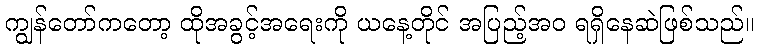
ကျွန်တော်ကတော့ ထိုအခွင့်အရေးကို ယနေ့တိုင် အပြည့်အဝ ရရှိနေဆဲဖြစ်သည်။